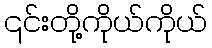
၎င်းတို့ကိုယ်ကိုယ်